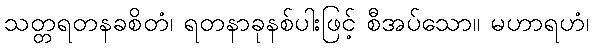
သတ္တရတနခစိတံ၊ ရတနာခုနစ်ပါးဖြင့် စီအပ်သော။ မဟာရဟံ၊